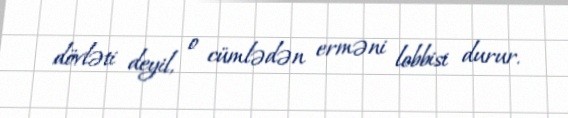
dövləti deyil, o cümlədən erməni lobbisi durur.